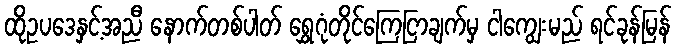
ထိုဥပဒေနှင့်အညီ နောက်တစ်ပါတ် ရွှေဂုံတိုင်ကြေငြာချက်မှ ငါကျွေးမည် ရင်ခုန်မြန်